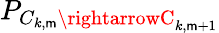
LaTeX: P_{C_{k,\mathsf{m}}\rightarrowC_{k,\mathsf{m}+1}}